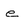
Character: e